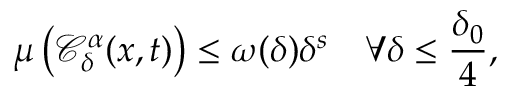
\mu \left( \mathcal { C } _ { \delta } ^ { \alpha } ( x , t ) \right) \leq \omega ( \delta ) \delta ^ { s } \quad \forall \delta \leq \frac { \delta _ { 0 } } { 4 } ,